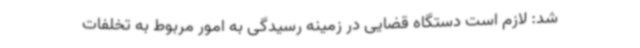
شد: لازم است دستگاه قضایی در زمینه رسیدگی به امور مربوط به تخلفات